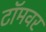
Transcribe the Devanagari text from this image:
टॉमवर